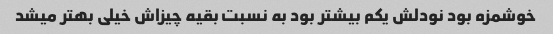
خوشمزه بود نودلش یکم بیشتر بود به نسبت بقیه چیزاش خیلی بهتر میشد